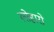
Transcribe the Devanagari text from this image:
लोहारो